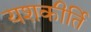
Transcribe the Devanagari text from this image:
यशकीर्ति